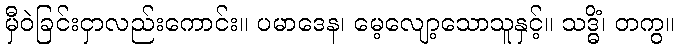
မှီဝဲခြင်းငှာလည်းကောင်း။ ပမာဒေန၊ မေ့လျော့သောသူနှင့်။ သဒ္ဓိံ၊ တကွ။